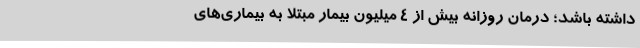
داشته باشد؛ درمان روزانه بیش از 4 میلیون بیمار مبتلا به بیماری‌های